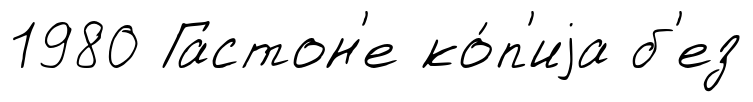
1980 Гастон'е ко́п'иjа б'ез